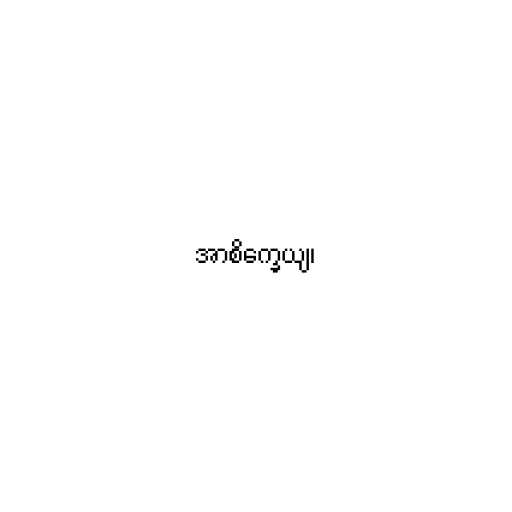
အာစိက္ခေယျ၊